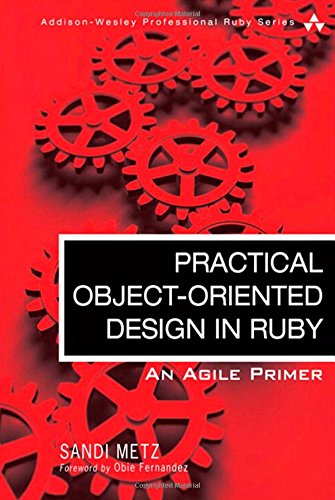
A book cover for Practical Object-Oriented Design in Ruby: An Agile Primer (Addison-Wesley Professional Ruby Series); Sandi Metz; Computers & Technology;